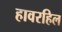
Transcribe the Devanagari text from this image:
हावरहिल